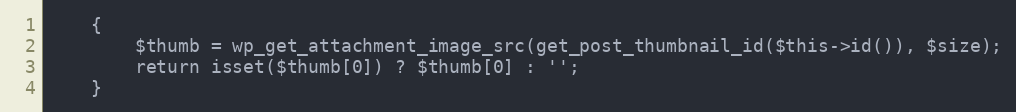
Language: PHP
    {
        $thumb = wp_get_attachment_image_src(get_post_thumbnail_id($this->id()), $size);
        return isset($thumb[0]) ? $thumb[0] : '';
    }